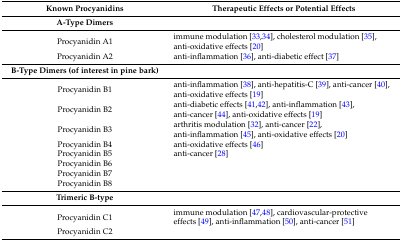
| Known Procyanidins | Therapeutic Effects or Potential Effects |
 | --- | --- |
 | A-Type Dimers |  |
 | Procyanidin A1 | immune modulation [33,34], cholesterol modulation [35], anti-oxidative effects [20] |
 | Procyanidin A2 | anti-inflammation [36], anti-diabetic effect [37] |
 | B-Type Dimers (of interest in pine bark) |  |
 | Procyanidin B1 | anti-inflammation [38], anti-hepatitis-C [39], anti-cancer [40], anti-oxidative effects [19] |
 | Procyanidin B2 | anti-diabetic effects [41,42], anti-inflammation [43], anti-cancer [44], anti-oxidative effects [19] |
 | Procyanidin B3 | arthritis modulation [32], anti-cancer [22], anti-inflammation [45], anti-oxidative effects [20] |
 | Procyanidin B4 | anti-oxidative effects [46] |
 | Procyanidin B5 | anti-cancer [28] |
 | Procyanidin B6 |  |
 | Procyanidin B7 |  |
 | Procyanidin B8 |  |
 | Trimeric B-type |  |
 | Procyanidin C1 | immune modulation [47,48], cardiovascular-protective effects [49], anti-inflammation [50], anti-cancer [51] |
 | Procyanidin C2 |  |